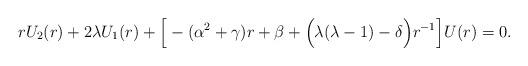
LaTeX: \begin{align*}rU_{2}(r)+2\lambda{U_{1}(r)}+\Big[-(\alpha^{2}+\gamma)r+\beta+\Big(\lambda(\lambda-1)-\delta\Big)r^{-1}\Big]U(r)=0.\end{align*}